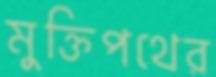
মুক্তিপথের